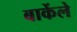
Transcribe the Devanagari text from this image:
बार्केले